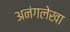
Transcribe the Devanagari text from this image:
अनंगलेखा